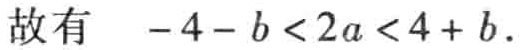
故有 \(-4 - b < 2a < 4 + b\).